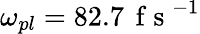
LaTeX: \omega_{pl}=82.7\, \mathrm{~f~s~}^{-1}